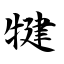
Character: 犍